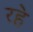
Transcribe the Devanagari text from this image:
रह॓